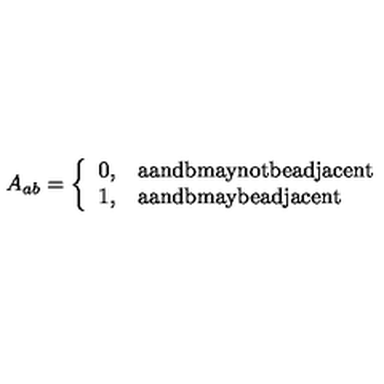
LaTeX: A _ { a b } = \left\{ \begin{array} { l l } { 0 , } & { \mathrm { a a n d b m a y n o t b e a d j a c e n t } } \\ { 1 , } & { \mathrm { a a n d b m a y b e a d j a c e n t } } \\ \end{array} \right.